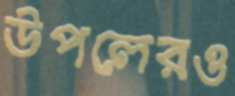
উপলেরও